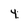
Character: 4